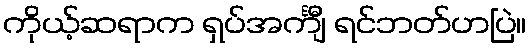
ကိုယ့်ဆရာက ရှပ်အင်္ကျီ ရင်ဘတ်ဟပြဲ။